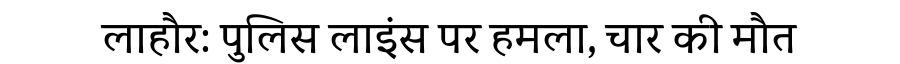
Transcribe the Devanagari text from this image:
लाहौर: पुलिस लाइंस पर हमला, चार की मौत